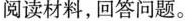
阅读材料，回答问题